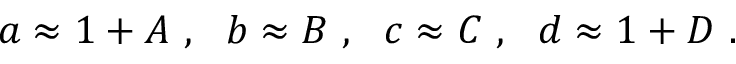
a \approx 1 + A ~ , ~ ~ b \approx B ~ , ~ ~ c \approx C ~ , ~ ~ d \approx 1 + D ~ .